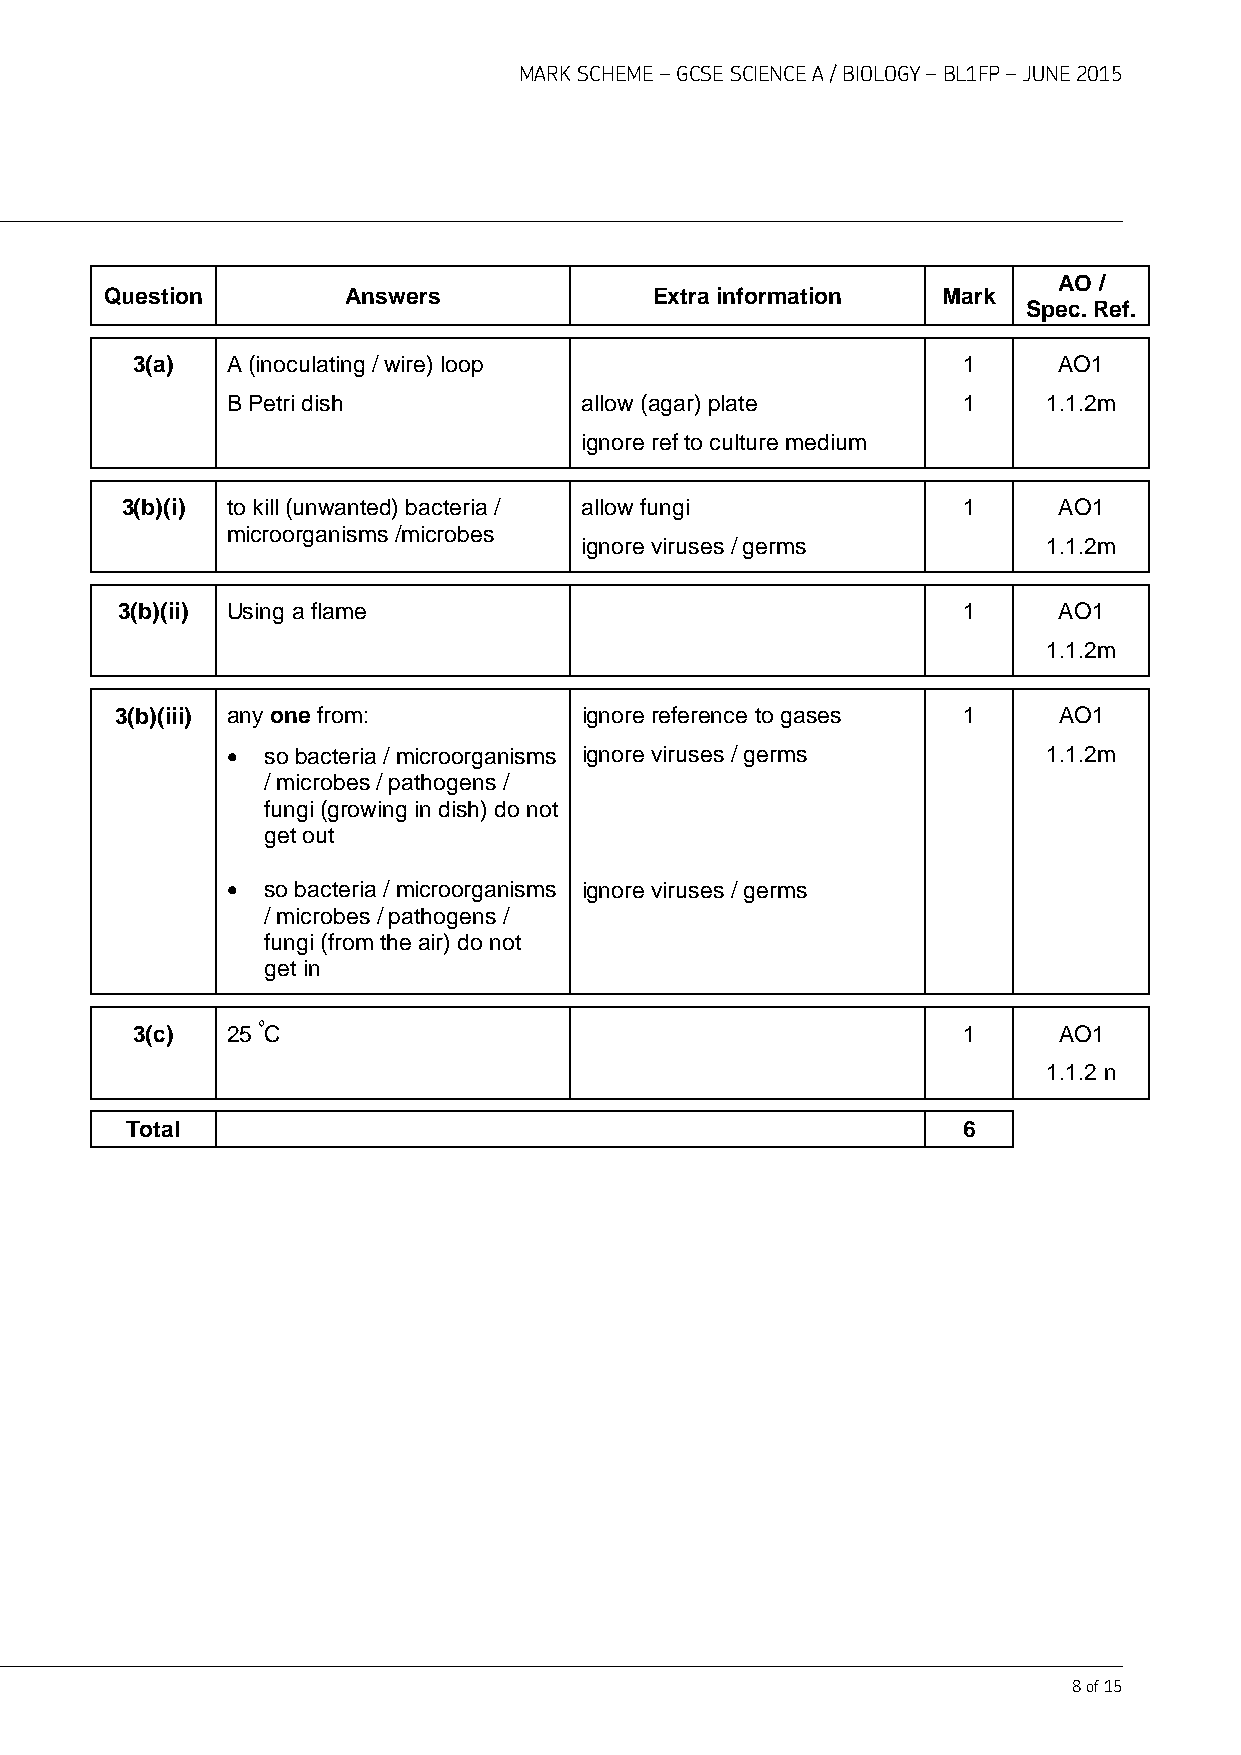
MARK SCHEME – GCSE SCIENCE A / BIOLOGY – BL1FP – JUNE 2015
 AO /
 Question        Answers             Extra information  Mark
 Spec. Ref.
 3(a)  A (inoculating / wire) loop                      1     AO1
 B Petri dish           allow (agar) plate        1    1.1.2m
 ignore ref to culture medium
 3(b)(i) to kill (unwanted) bacteria / allow fungi       1     AO1
 microorganisms /microbes
 ignore viruses / germs         1.1.2m
 3(b)(ii) Using a flame                                  1     AO1
 1.1.2m
 3(b)(iii) any one from:       ignore reference to gases 1     AO1
 • so bacteria / microorganisms ignore viruses / germs 1.1.2m
 / microbes / pathogens /
 fungi (growing in dish) do not
 get out
 • so bacteria / microorganisms ignore viruses / germs
 / microbes / pathogens /
 fungi (from the air) do not
 get in
 3(c)  25 ºC                                            1     AO1
 1.1.2 n
 Total                                                   6
 8 of 15